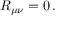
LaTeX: R _ { \mu \nu } = 0 \, .